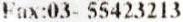
FAX:03- 55423213